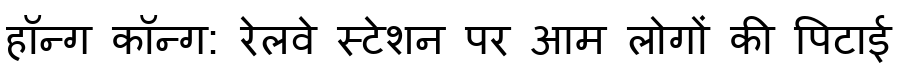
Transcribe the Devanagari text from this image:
हॉन्ग कॉन्ग: रेलवे स्टेशन पर आम लोगों की पिटाई